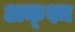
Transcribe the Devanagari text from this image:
अक्श्म